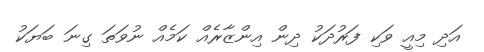
އަދި މިއީ ވަކި ފަރުދަކު ދިން އިންޒާރެއް ކަމެއް ނުވަތަ ގިނަ ބަޔަކު